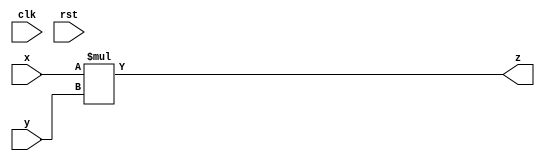
`timescale 1ns / 1ps
//////////////////////////////////////////////////////////////////////////////////
// Company: 
// Engineer: 
// 
// Design Name: 
// Module Name: comb_multiplier
// Project Name: 
// Target Devices: 
// Tool Versions: 
// Description: 
// 
// Dependencies: 
// 
// Revision:
// Revision 0.01 - File Created
// Additional Comments:
// 
//////////////////////////////////////////////////////////////////////////////////

// This is a 32 bit output combinational multiplier that I used for the factorial accelerator
// We can probably modify the factorial accelerator to use the existing combinational multiplier
module comb_multiplier32#(parameter WIDTH=32)(
        input [WIDTH-1:0]x,
        input [WIDTH-1:0]y,
        input clk, rst,
        
        output [WIDTH-1:0]z
    );
    assign z = x * y;
endmodule